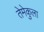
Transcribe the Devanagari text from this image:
तेमेकुला